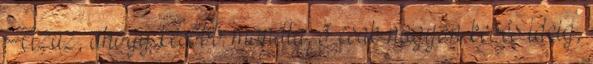
Azaz, ahogy késõbb mondta, õ csak nagyon kevés ideig,